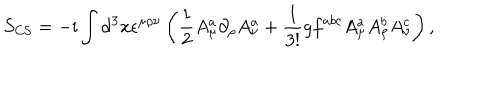
S _ { \mathrm { C S } } = - \mathrm { i } \int \mathrm { d } ^ { 3 } x \epsilon ^ { \mu \rho \nu } \left( \frac { 1 } { 2 } A _ { \mu } ^ { a } \partial _ { \rho } A _ { \nu } ^ { a } + \frac { 1 } { 3 ! } g f ^ { a b c } A _ { \mu } ^ { a } A _ { \rho } ^ { b } A _ { \nu } ^ { c } \right) ,